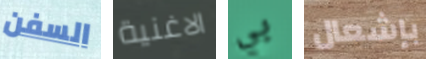
السفن الاغنية بي بإشعال